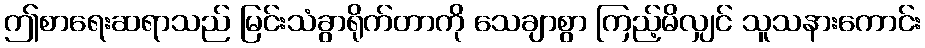
ဤစာရေးဆရာသည် မြင်းသံခွာရိုက်တာကို သေချာစွာ ကြည့်မိလျှင် သူသနားကောင်း